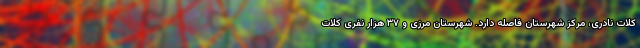
کلات نادری، مرکز شهرستان فاصله دارد. شهرستان مرزی و ۳۷ هزار نفری کلات